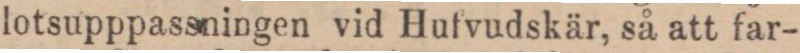
lotsupppassningen vid Hufvudskär, så att far-